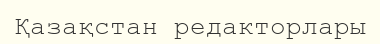
Қазақстан редакторлары